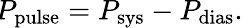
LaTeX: \! P_{\mathrm{pulse}}=P_{\mathrm{sys}}-P_{\mathrm{dias}}.